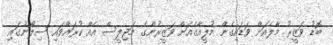
ބޮޑު ވަޒީރު މާލެއަށް ވަޑައިގެން މުލީއާގެއަށް ވަޒީރުންގެ މަޖިލީސް އެއް ކުރައްވައި ސިލޯނުގައި